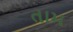
તામ